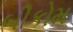
બીકોમ